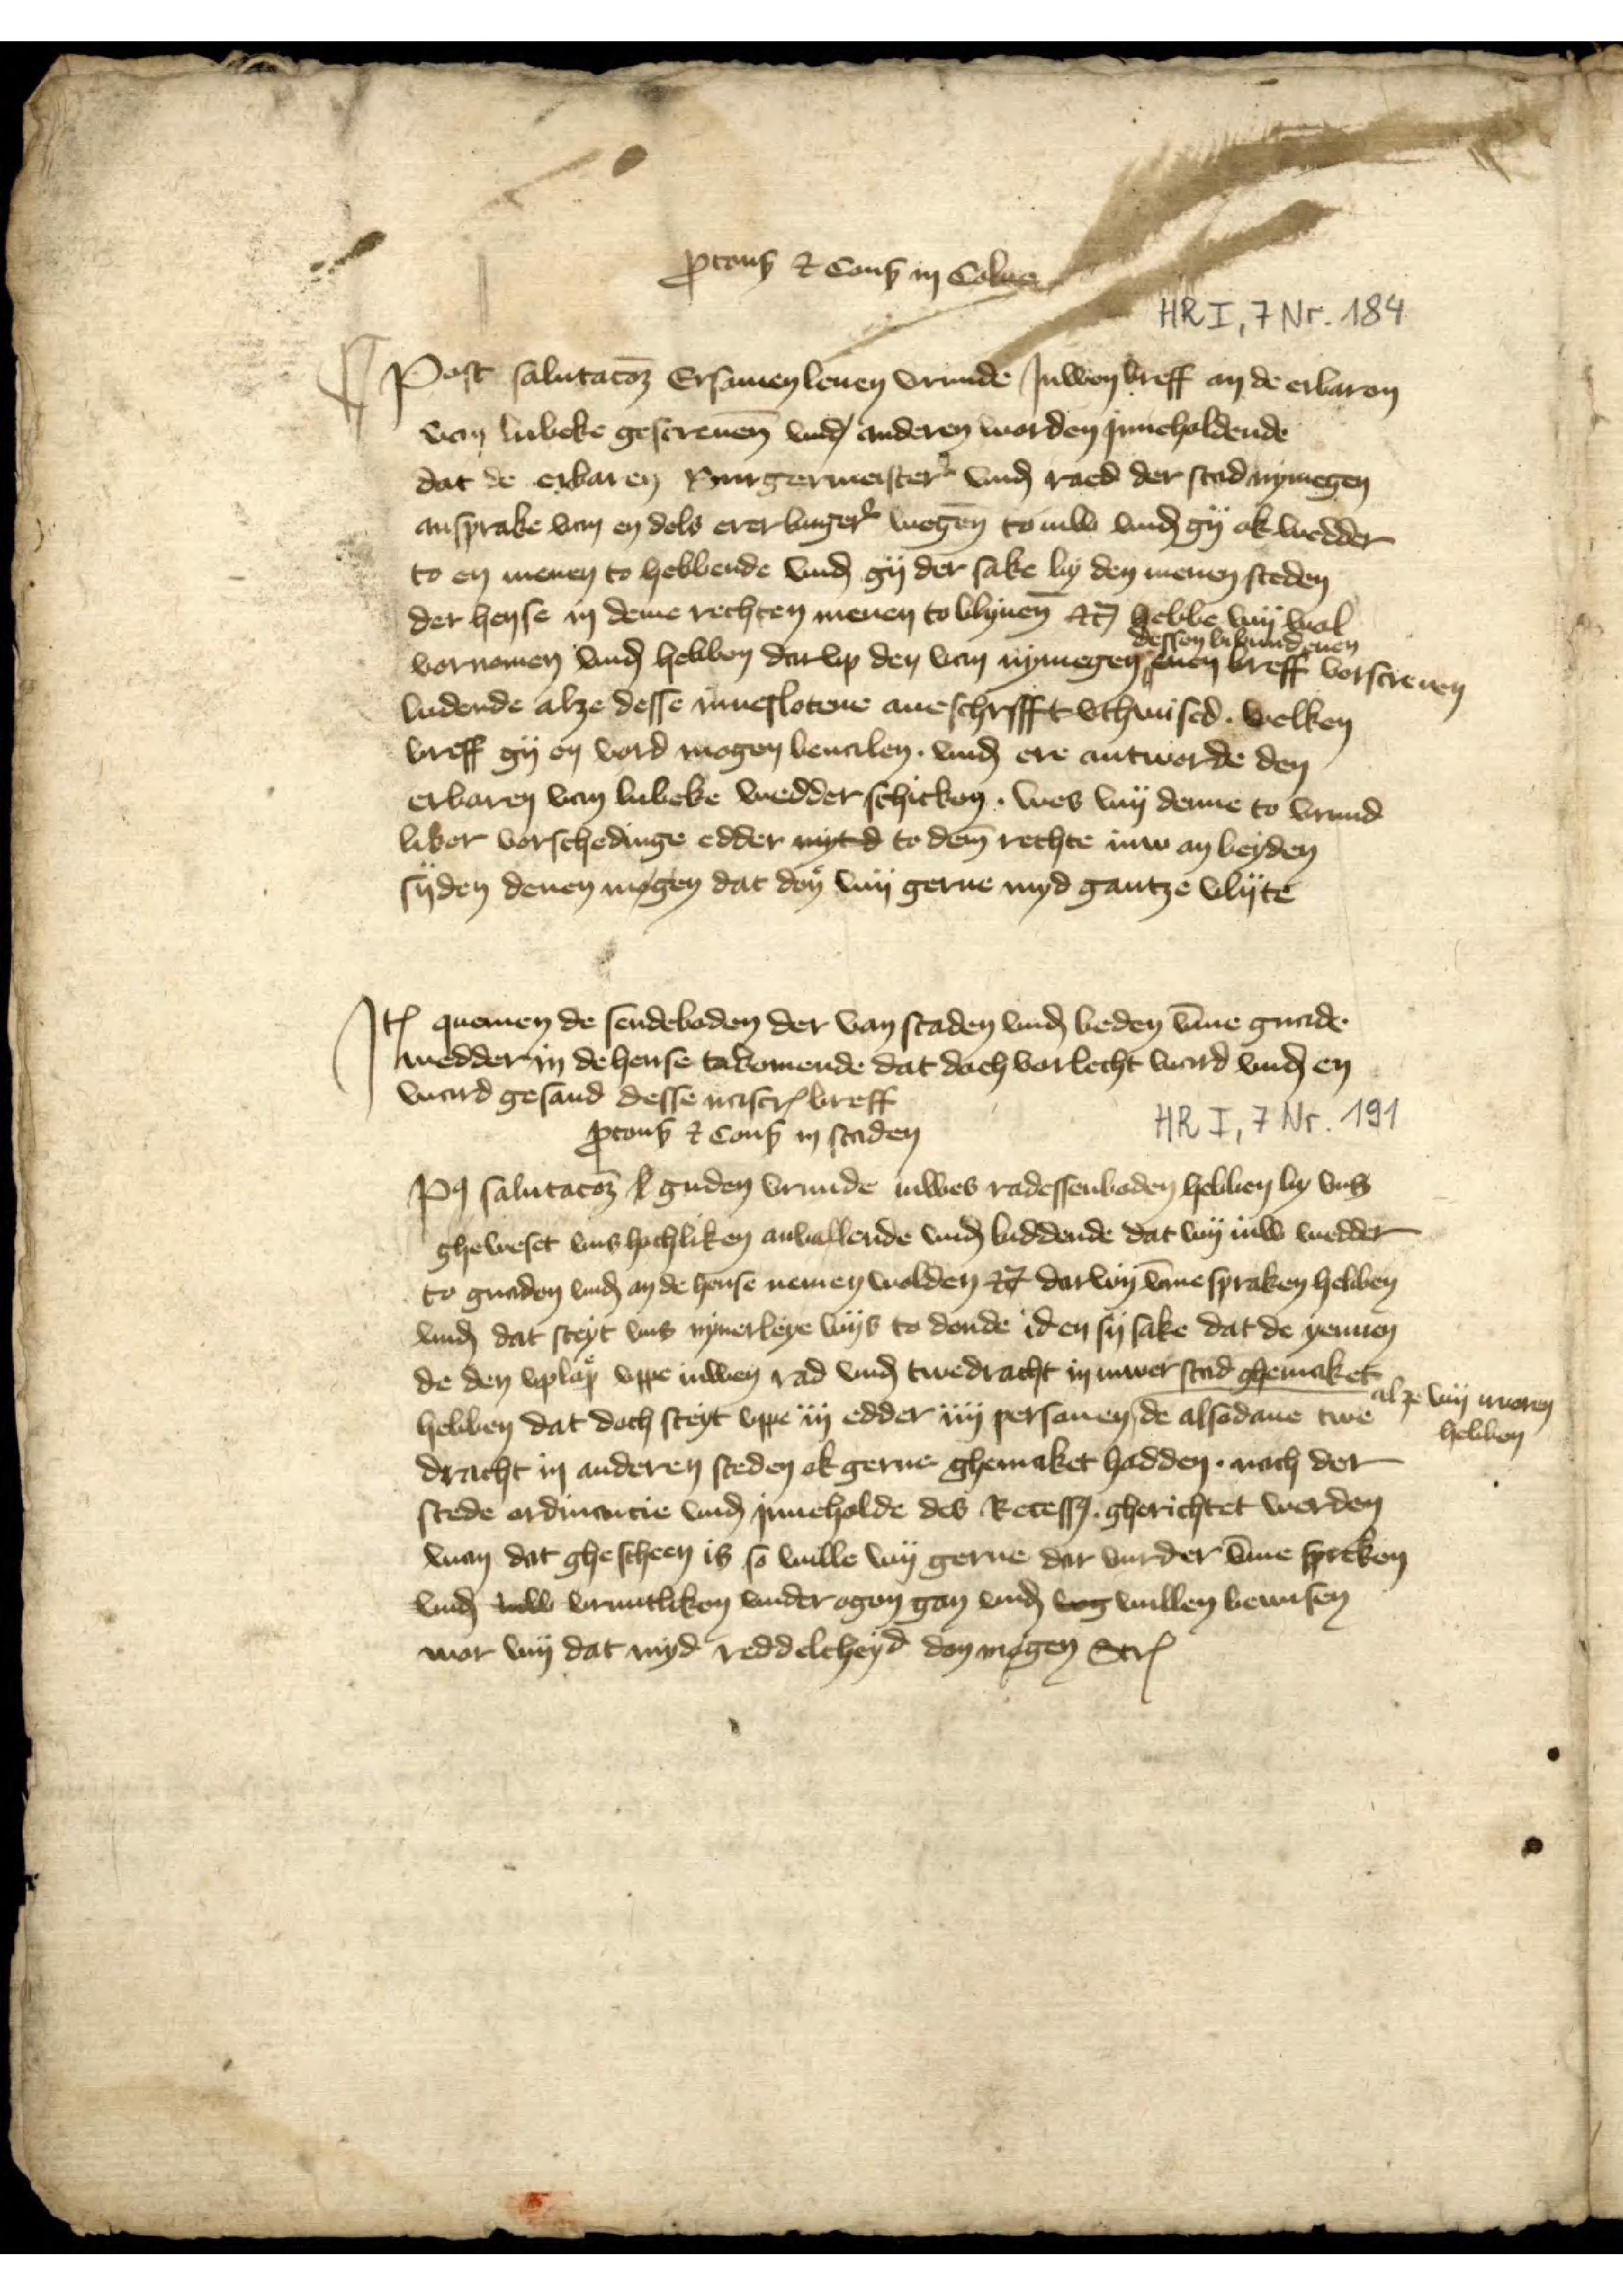
Ꝑconß + Conß in Colne
Post salutatoꝬ Ersamen leuen vrunde Juwen breff an de erbaren
van Lubeke gescreuen vnd anderen worden jnneholdende
dat de erbaren Burgermerster̉ vnḑ raed der stad Nymegen
ansprake van en dele erer burger̉ wegen to iuw vnḑ gy ok wedder
to en menen to hebbende vnḑ gy der sake by den menen steden
der hense in deme rechten weren to blyuen etꝬ hebbe wy wol
vornomen vnḑ hebben darvp den van Nymegen
dessen bybundenen  
enen breff vorscreuen
ludende alze desse inneslotene aneschrifft vthwised. welken
breff gy en vord mogen beualen. vnḑ ere antworde den
erbaren van Lubeke wedder schicken. wes wy denne to vrund¬
liker vorschedinge edder mytd to dem̄ rechte iuw an beyden
syden denen mogen dat don wy gerne myd gantze vlyte

Jꝷ quemen de sendeboden der van staden vnḑ beden v̄me gnade
wedder in de hense tokomende dat doch vorlecht ward vnḑ en
vnrad gesand desse inscrꝬ breff
ꝑconß + conß in Staden
Po̧ salutatoꝬ s guden vrunde iuwes Radessenboden hebben by vns
gheweset vns hochliken anvallende vnḑ biddende dat wy iuw wedder
to gnaden vnḑ an de hense nemen wolden etꝬ dar wy v̄me spraken hebben
vnḑ dat steyt vns nyerleye wys to donde id en sy sake dat de yennen
de den vplap vppe iuwen Rad vnḑ twedracht in iuwe stad gemaket
hebben dat dach steyt vppe iij edder iiij persanen *, de also dane twe¬
dracht in anderen steden ok gerne ghemaket hadden noch der
stede ordancie vnḑ Jnneholde des Recesß gherichtet werden
van dat ghescheen is so wille wy gerne dar vurder v̄me spreken
vnḑ ald vruntliken vnder ogen gan vnḑ bog willen bewisen
wor van dat myd reddelcheyd don mogen StrꝬ

* alze wy iuwen
hebben